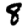
Digit: 8